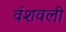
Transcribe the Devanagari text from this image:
वंशवली